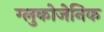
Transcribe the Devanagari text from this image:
ग्लुकोजेनिक